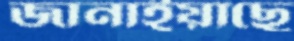
জানাইয়াছে